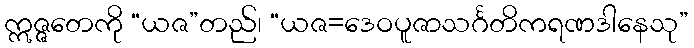
ဣဇ္ဇတေကို “ယဇ”တည်၊ “ယဇ=ဒေဝပူဇာသင်္ဂတိကရဏဒါနေသု”